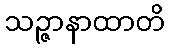
သဉ္ဇာနာထာတိ